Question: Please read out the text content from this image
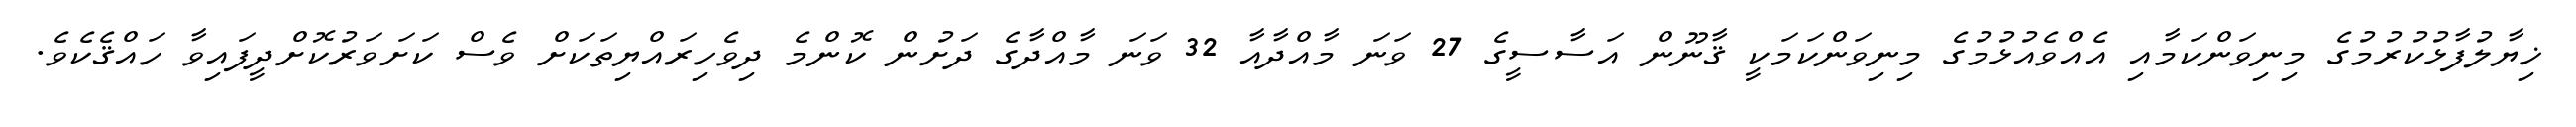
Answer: ޚިޔާލުފާޅުކުރުމުގެ މިނިވަންކަމާއި އެއްވެއުޅުމުގެ މިނިވަންކަމަކީ ޤާނޫން އަސާސީގެ 27 ވަނަ މާއްދާއާ 32 ވަނަ މާއްދާގެ ދަށުން ކޮންމެ ދިވެހިރައްޔިތަކަށް ވެސް ކަށަވަރުކޮށްދީފައިވާ ހައްޤެކެވެ.